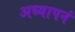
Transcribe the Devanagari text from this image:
अध्यापनं